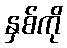
နှစ်ကို